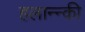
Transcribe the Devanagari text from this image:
हलान्न्की